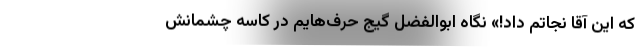
که این آقا نجاتم داد!» نگاه ابوالفضل گیج حرف‌هایم در کاسه چشمانش